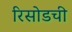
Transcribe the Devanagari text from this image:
रिसोडची